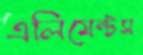
এলিমেন্টস